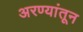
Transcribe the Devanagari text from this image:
अरण्यांतून